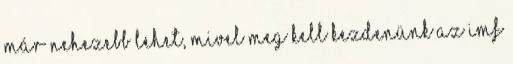
már nehezebb lehet, mivel meg kell kezdenünk az IMF